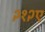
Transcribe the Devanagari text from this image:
२१२ए